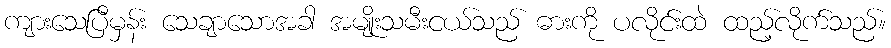
ကျားသေပြီမှန်း သေချာသောအခါ အမျိုးသမီးငယ်သည် ဓားကို ပလိုင်းထဲ ထည့်လိုက်သည်။